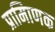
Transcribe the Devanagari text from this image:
प्रामािणक